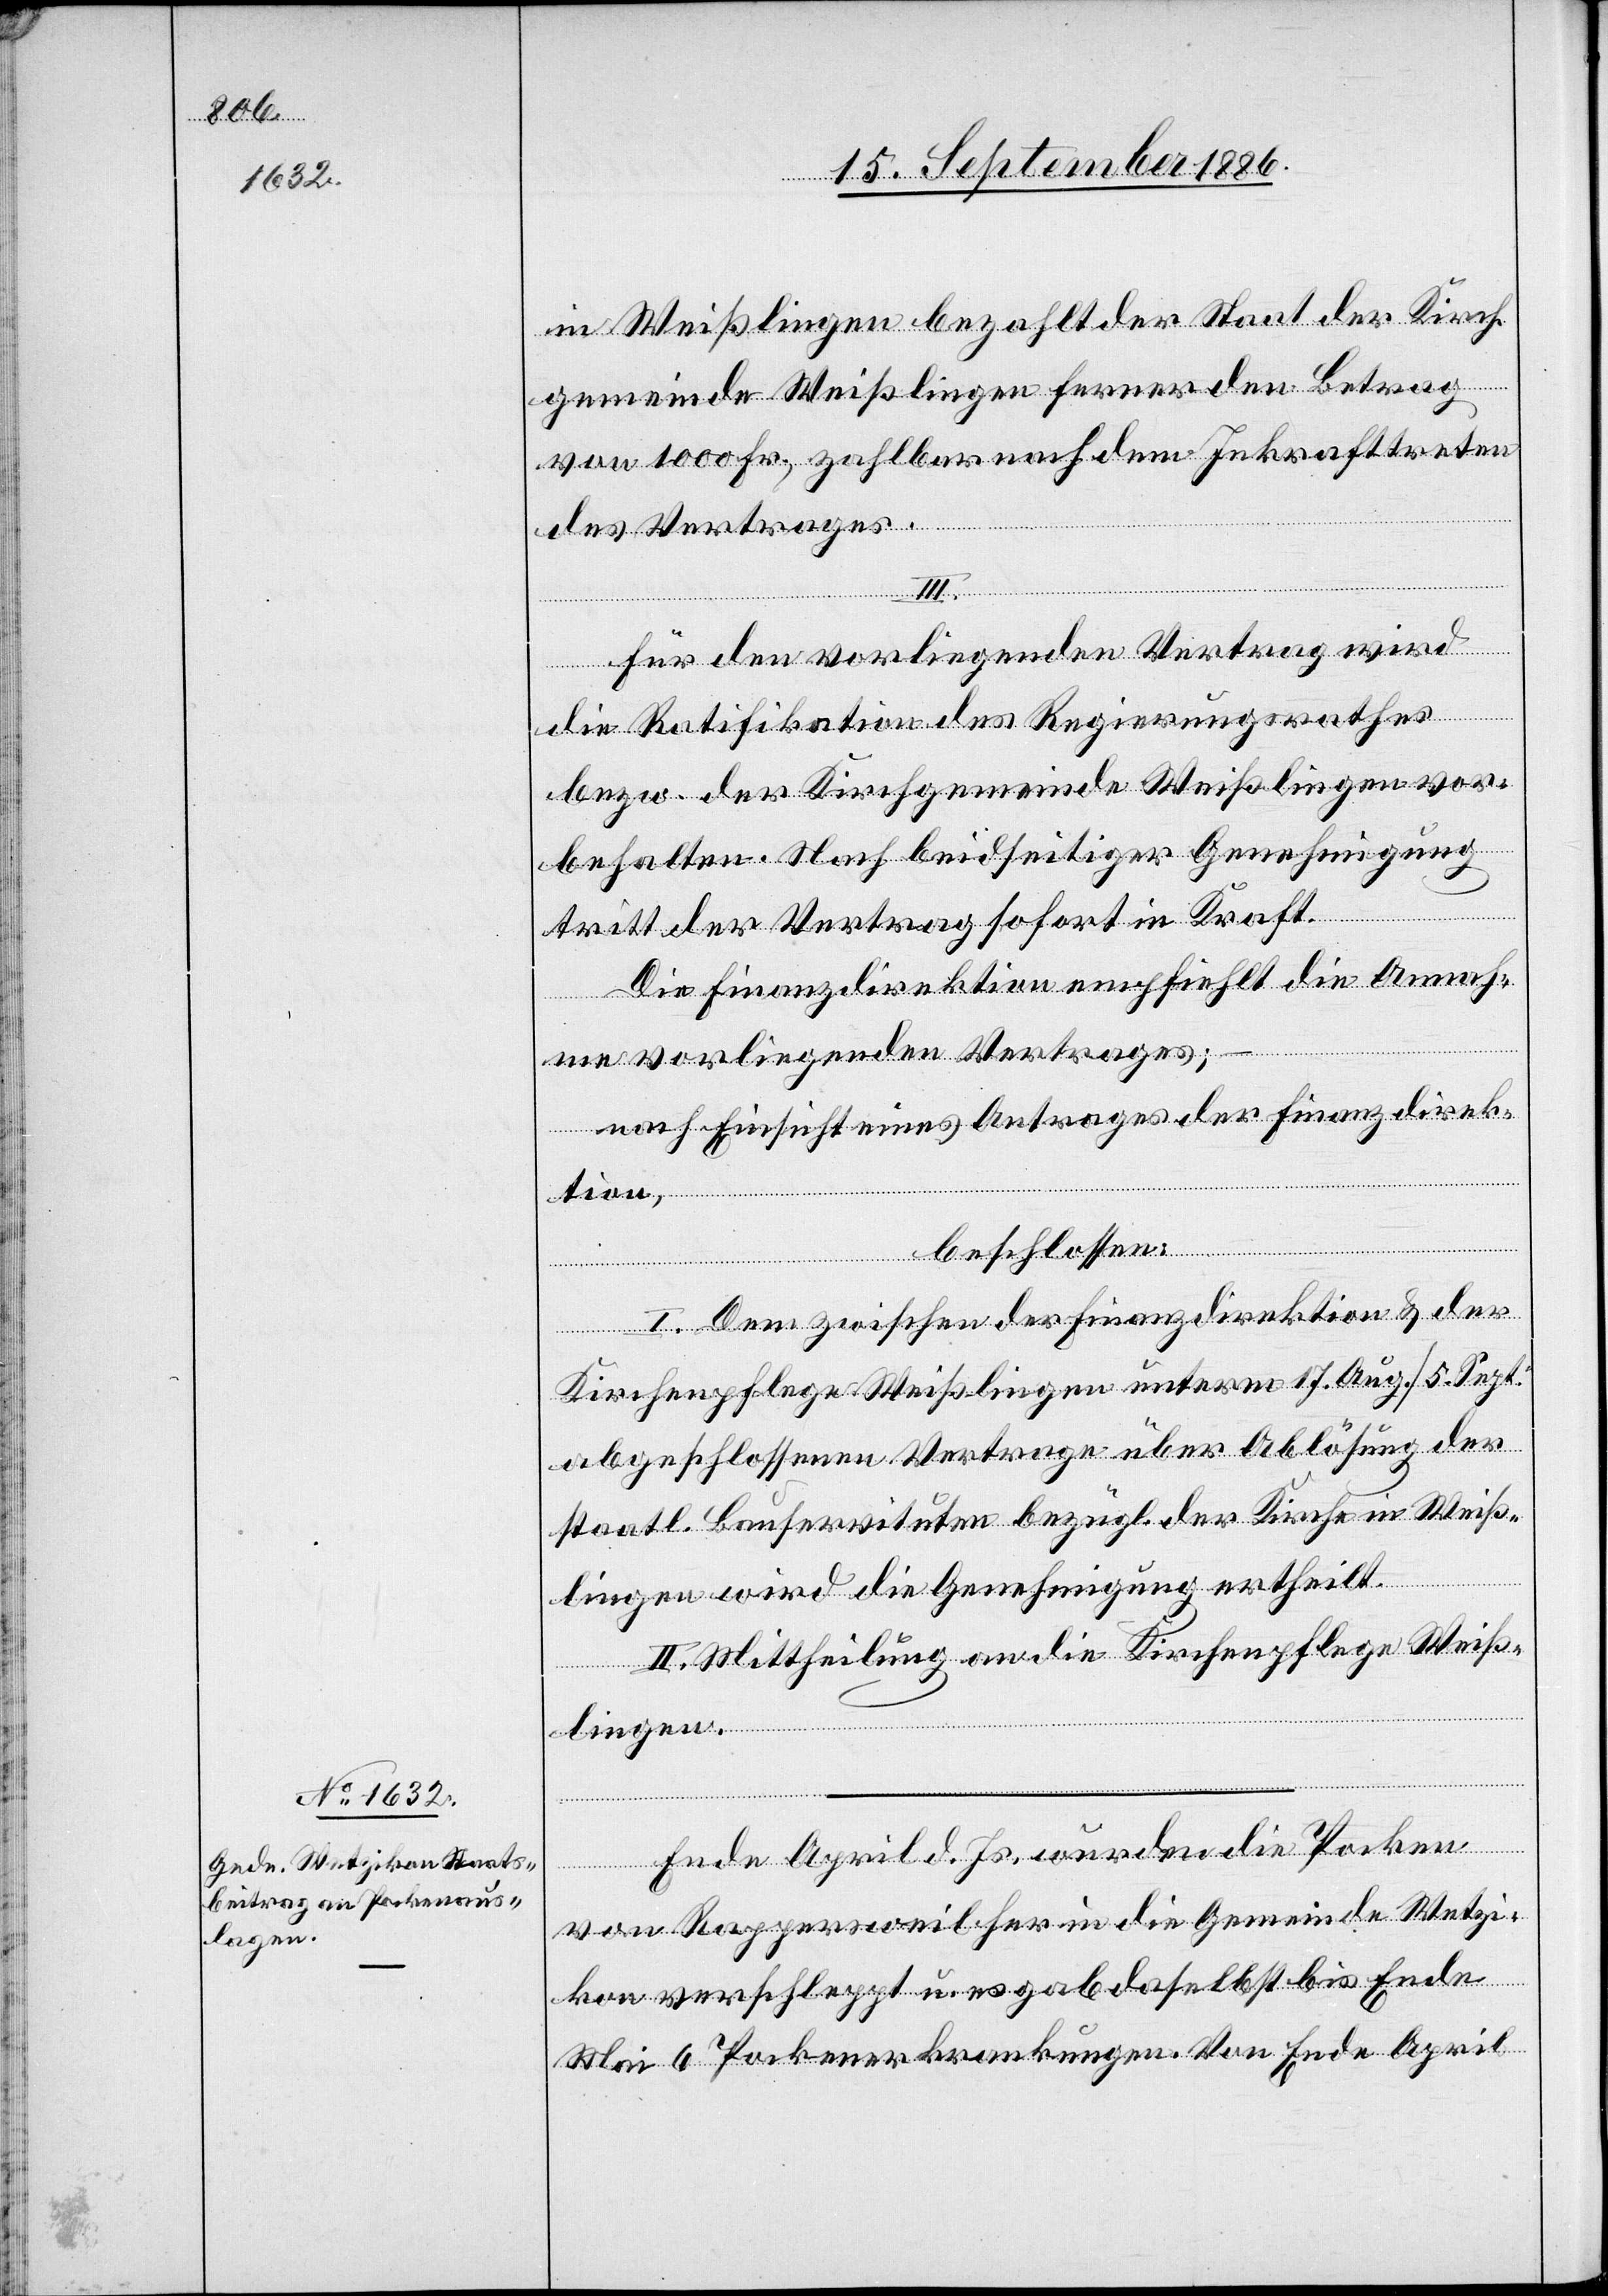
in Weißlingen bezahlt der Staat der Kirch¬
gemeinde Weißlingen ferner den Betrag
von 1000 Fr., zahlbar nach dem Inkrafttreten
des Vertrages;
Für den vorliegenden Vertrag wird
die Ratifikation des Regierungsrathes
bezw. der Kirchgemeinde Weißlingen vor¬
behalten. Nach beidseitiger Genehmigung
–
tritt der Vertrag sofort in Kraft.
Die Finanzdirektion empfiehlt die Annahme
nach Einsicht eines Antrages der Finanzdirek¬
tion,
beschlossen:
I. Dem zwischen der Finanzdirektion & der
Kirchenpflege Weißlingen unterm 17. Aug./5. Sept.
abgeschlossenen Vertrage über Ablösung der
staatl. Bauservituten bezügl. der Kirche in Weiß¬
lingen wird die Genehmigung ertheilt.
II. Mittheilung an die Kirchenpflege Weiß¬
lingen.
Ende April d. Js. wurden die Pocken
von Rappersweil her in die Gemeinde Wetzi¬
kon verschleppt u. es gab daselbst bis Ende
Mai 6 Pockenerkrankungen. Von Ende April